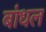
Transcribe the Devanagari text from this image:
बांधल